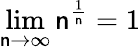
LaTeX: \lim\limits_{\mathsf{n}\rightarrow\infty}\mathsf{n}^{\frac{{1}}{{\mathsf{n}}}}=1